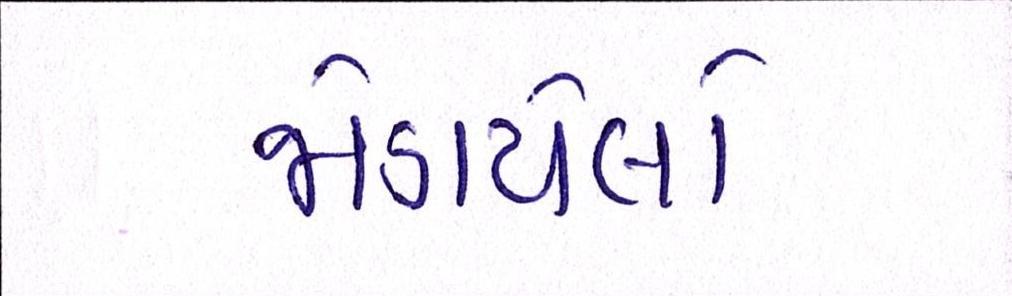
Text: જોડાયેલો